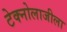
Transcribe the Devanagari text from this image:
टेक्नोलाजीला